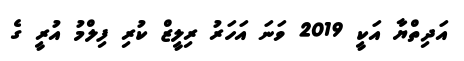
އަދިތްޔާ އަކީ 2019 ވަނަ އަހަރު ރިލީޒް ކުރި ފިލްމު އުރީ ގެ